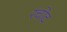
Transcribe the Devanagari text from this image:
रचोद